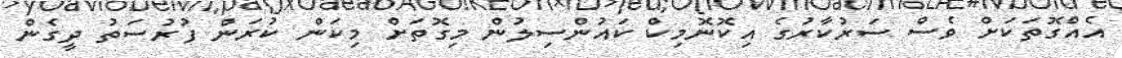
އެއްގޮތަކަށް ވެސް ސަރުކާރުގެ އިކޮނޮމިކް ކައުންސިލުން މިގޮތަށް މިކަން ކުރަން ފުރުސަތު ދީގެން